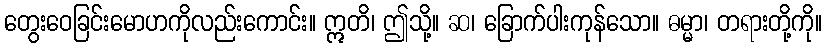
တွေးဝေခြင်းမောဟကိုလည်းကောင်း။ ဣတိ၊ ဤသို့။ ဆ၊ ခြောက်ပါးကုန်သော။ ဓမ္မာ၊ တရားတို့ကို။